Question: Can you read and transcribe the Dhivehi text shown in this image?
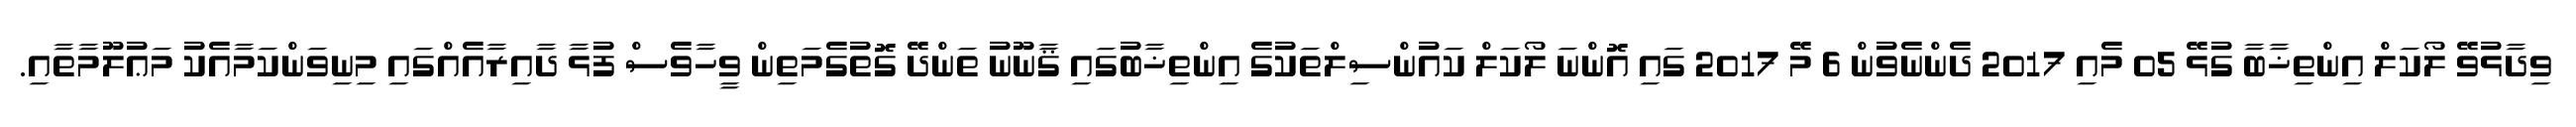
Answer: ވިދާޅުވޭ ލޯކަލް އިންތިޚާބާ ގުޅޭ 05 މެއި 2017 ދެންނެވުން 6 މޭ 2017 ގައި އޮންނަ ލޯކަލް ކައުންސިލްތަކުގެ އިންތިޚާބުގައި ޤާނޫނު ތަންދޭ ގޮތުގެމަތިން ވީހާވެސް ފުޅާ ދާއިރާއެއްގައި މިނިވަންކަމާއެކު މަޢުލޫމާތާއި.